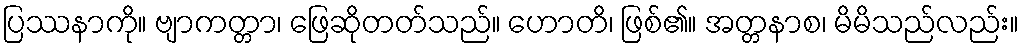
ပြဿနာကို။ ဗျာကတ္တာ၊ ဖြေဆိုတတ်သည်။ ဟောတိ၊ ဖြစ်၏။ အတ္တနာစ၊ မိမိသည်လည်း။